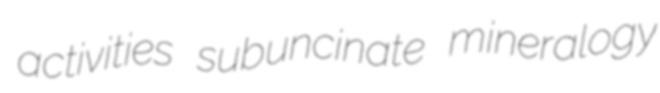
activities subuncinate mineralogy